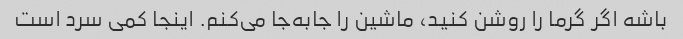
باشه اگر گرما را روشن کنید، ماشین را جابه‌جا می‌کنم. اینجا کمی سرد است